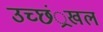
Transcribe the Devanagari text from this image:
उच्छं्रखल